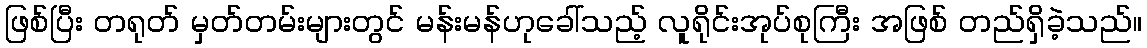
ဖြစ်ပြီး တရုတ် မှတ်တမ်းများတွင် မန်းမန်ဟုခေါ်သည့် လူရိုင်းအုပ်စုကြီး အဖြစ် တည်ရှိခဲ့သည်။